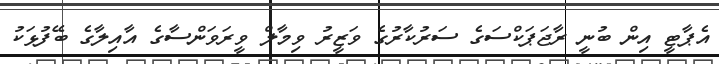
އެޕާޓީ އިން ބުނީ ރާޖަޕަކްސަގެ ސަރުކާރުގެ ވަޒީރު ވިމާލް ވީރަވަންސާގެ އާއިލާގެ ބޭފުޅަކު